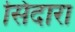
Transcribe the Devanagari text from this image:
सिंदारा